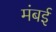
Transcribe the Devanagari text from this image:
मंबई